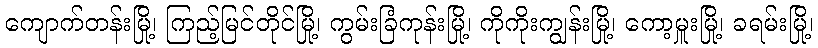
ကျောက်တန်းမြို့၊ ကြည့်မြင်တိုင်မြို့၊ ကွမ်းခြံကုန်းမြို့၊ ကိုကိုးကျွန်းမြို့၊ ကော့မှူးမြို့၊ ခရမ်းမြို့၊